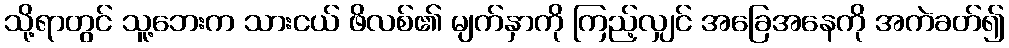
သို့ရာတွင် သူ့ဘေးက သားငယ် ဖိလစ်၏ မျက်နှာကို ကြည့်လျှင် အခြေအနေကို အကဲခတ်၍